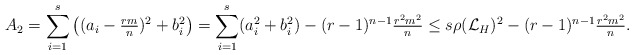
\begin{align*}A_2=\sum_{i=1}^{s}\left((a_{i}-\tfrac{rm}{n})^{2} +b_{i}^{2}\right)= \sum_{i=1}^{s}(a_{i}^{2}+b_{i}^{2})-(r-1)^{n-1}\tfrac{r^{2}m^{2}}{n}\leq s\rho(\mathcal{L}_{H})^{2}-(r-1)^{n-1}\tfrac{r^{2}m^{2}}{n}.\end{align*}